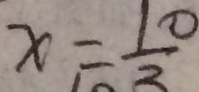
x = \frac { 1 0 } { 3 }